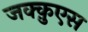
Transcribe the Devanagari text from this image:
जक्क़ुएस